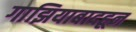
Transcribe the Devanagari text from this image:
गाझियाबादहून